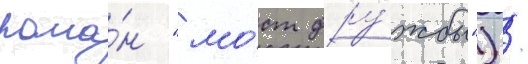
рома́н "мо́ст дру́жбы") /